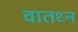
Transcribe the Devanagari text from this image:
वातध्न